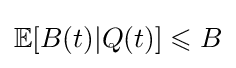
\mathbb {E} [B(t)|Q(t)]\leqslant B